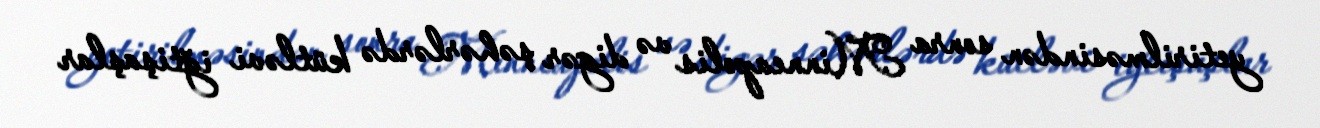
yetirilməsindən sonra Minneapolis və digər şəhərlərdə kütləvi iğtişaşlar